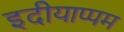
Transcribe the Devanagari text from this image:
इदीयाप्पम